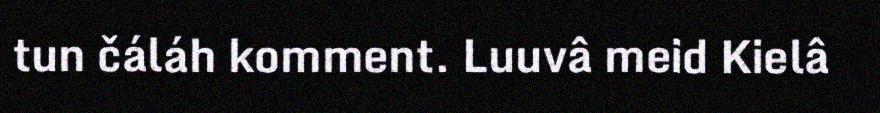
tun čáláh komment. Luuvâ meid Kielâ